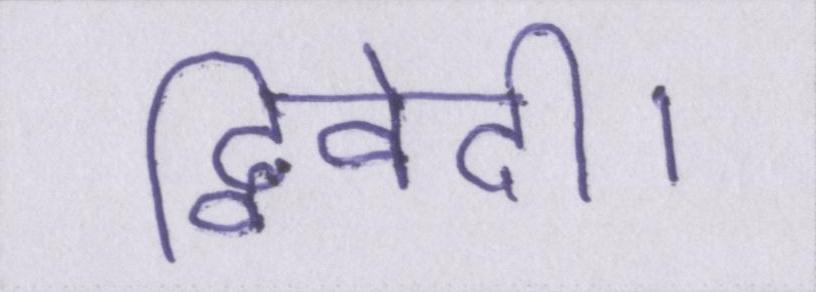
द्विवेदी।